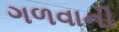
ગળવાની